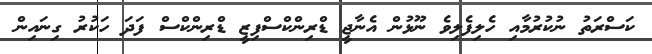
ކަސްރަތު ނުކުރުމާއި ހެލިފެލިވެ ނޫޅުން އެނާޖީ ޑްރިންކްސްފިޒީ ޑްރިންކްސް ފަދަ ހަކުރު ގިނައިން